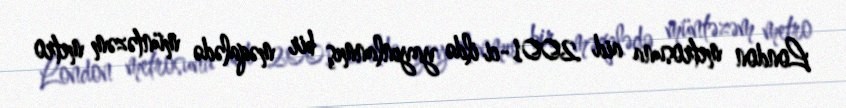
London metrosuna aid 2001-ci ildə yayınlanmış bir məqalədə müntəzəm metro